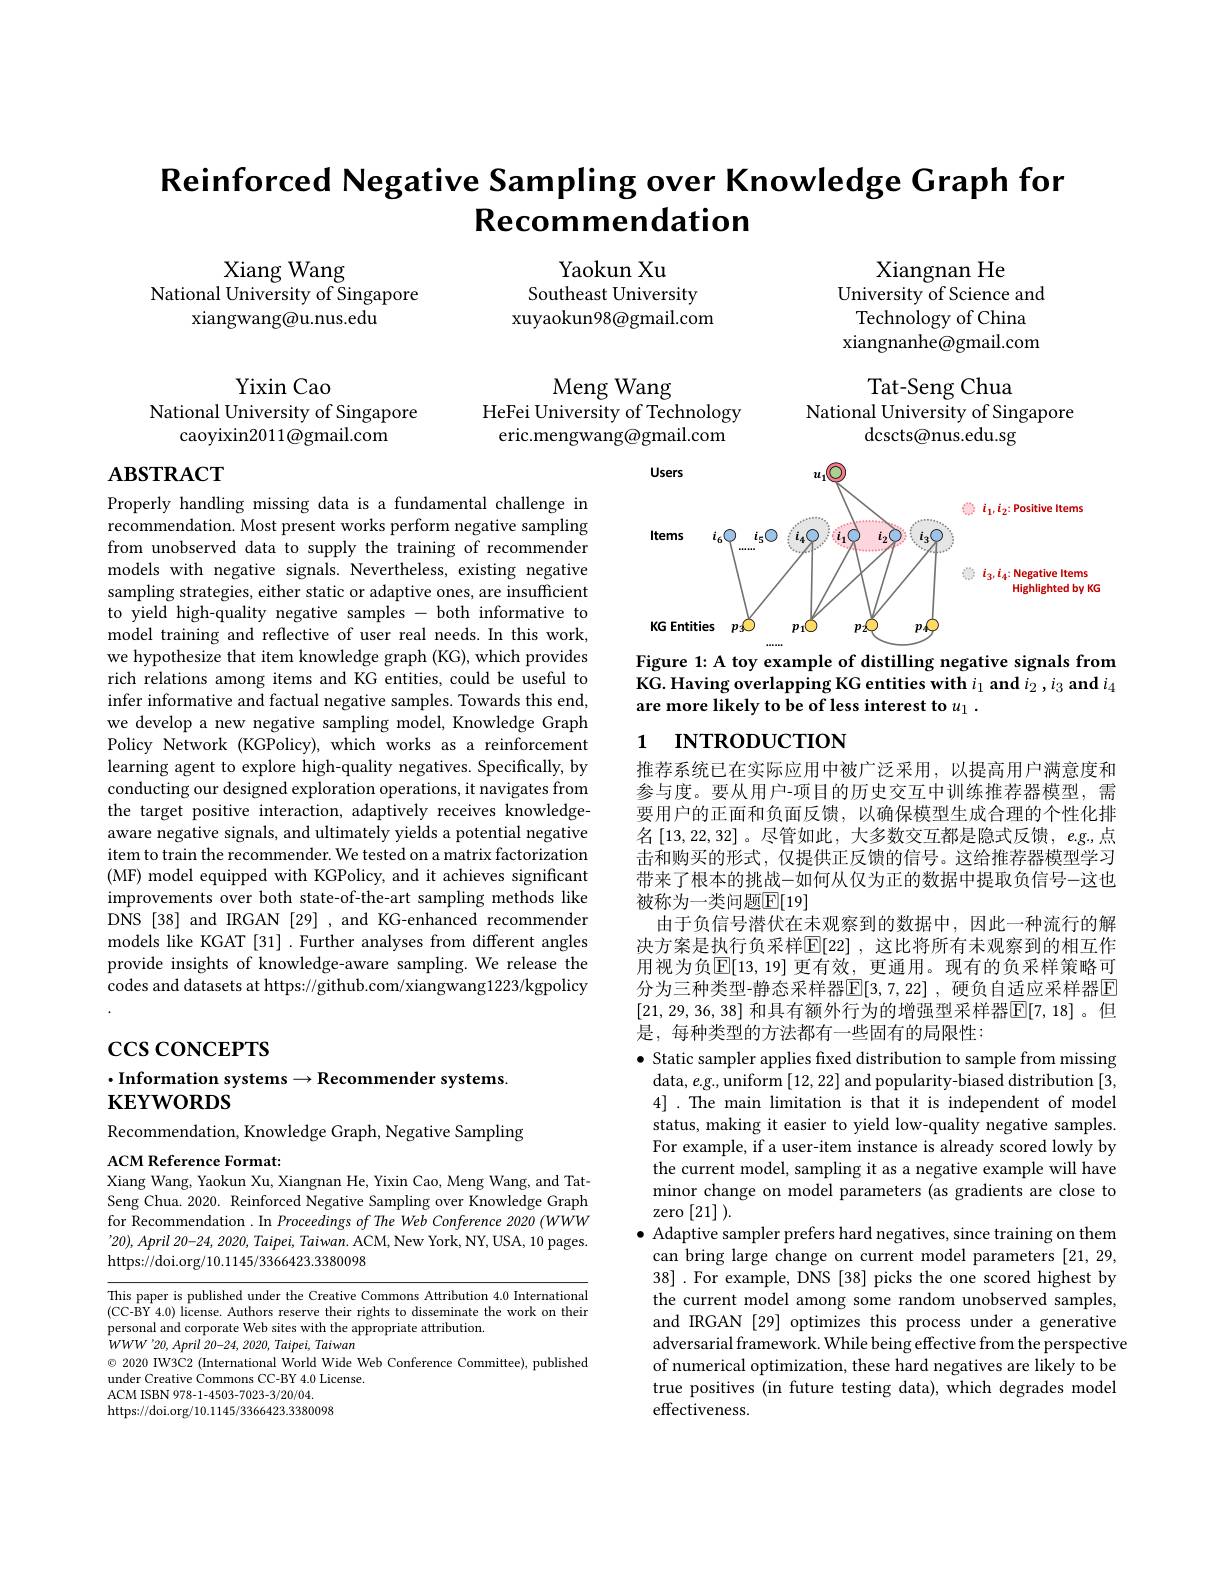
# $\textbf{Reinforced Negative Sampling over Knowledge Graph fon}$ Recommendation

Xiang Wang
National University of Singapore
xiangwang@u.nus.edu

Yaokun Xu
Southeast University
xuyaokun98@gmail.com

Xiangnan He
University of Science and
Technology of China xiangnanhe@gmail.com

Tat-Seng Chua
National University of Singapore

Meng Wang
HeFei University of Technology
eric.mengwang@gmail.com

Yixin Cao
National University of Singapore
caoyixin2011@gmail.com

dcscts@nus.edu.sg

$\mathbf{ABSTRACT}$

<FigureHere>
Figure 1: A toy example of distilling negative signals from

KG. Having overlapping KG entities with $i_1\textbf{ and }i_2, i_3\textbf{ and }i_4$
are more likely to be of less interest to $u_1.$

## 1 INTRODUCTION

Properly handling missing data is a fundamental challenge in recommendation. Most present works perform negative sampling from unobserved data to supply the training of recommender models with negative signals. Nevertheless, existing negative sampling strategies, either static or adaptive ones, are insufficient to yield high-quality negative samples - both informative to model training and reflective of user real needs. In this work, we hypothesize that item knowledge graph (KG), which provides rich relations among items and KG entities, could be useful to infer informative and factual negative samples. Towards this end, we develop a new negative sampling model, Knowledge Graph Policy Network (KGPolicy), which works as a reinforcement learning agent to explore high-quality negatives. Specifically, by conducting our designed exploration operations, it navigates from the target positive interaction, adaptively receives knowledgeaware negative signals, and ultimately yields a potential negative item to train the recommender. We tested on a matrix factorization (MF) model equipped with KGPolicy, and it achieves significant improvements over both state-of-the-art sampling methods like DNS [38] and IRGAN [29] ,and KG-enhanced recommender models like KGAT [31] .Further analyses from different angles provide insights of knowledge-aware sampling. We release the codes and datasets at https://github.com/xiangwang1223/kgpolicy

推荐系统已在实际应用中被广泛采用，以提高用户满意度和参与度。要从用户-项目的历史交互中训练推荐器模型，需要用户的正面和负面反馈，以确保模型生成合理的个性化排名[13,22,32]。尽管如此，大多数交互都是隐式反馈$,eg$,点击和购买的形式，仅提供正反馈的信号。这给推荐器模型学习带来了根本的挑战-如何从仅为正的数据中提取负信号-这也被称为一类问题$\mathbb{E}[19]$
由于负信号潜伏在未观察到的数据中，因此一种流行的解决方案是执行负采样$\mathbb{E}[$22] ,这比将所有未观察到的相互作用视为负$\mathbb{E}[13,19]$ 更有效，更通用。现有的负采样策略可分为三种类型-静态采样器$\boxed{\mathrm{E}}[3,7,22]$, 硬负自适应采样器E [21,29,36,38] 和具有额外行为的增强型采样器$\mathbb{E}[7,18]$。但是，每种类型的方法都有一些固有的局限性：

$\csc\csc$coNCEPTS

## $\cdot$Information systems$\to$Recommender systems $\mathbf{KEYWORDS}$

$\bullet$ Static sampler applies fixed distribution to sample from missing
data, $e.$g., uniform [12,22] and popularity-biased distribution [3, 4]. The main limitation is that it is independent of model status, making it easier to yield low-quality negative samples. For example, if a user-item instance is already scored lowly by the current model, sampling it as a negative example will have minor change on model parameters (as gradients are close to zero [21]).
$\bullet$ Adaptive sampler prefers hard negatives, since training on them
can bring large change on current model parameters [21,29, 38] .For example, DNS [38] picks the one scored highest by the current model among some random unobserved samples, and IRGAN [29] optimizes this process under a generative adversarial framework. While being effective from the perspective of numerical optimization, these hard negatives are likely to be true positives (in future testing data), which degrades model effectiveness.

Recommendation, Knowledge Graph, Negative Sampling

ACM Reference Format:
Xiang Wang, Yaokun Xu, Xiangnan He, Yixin Cao, Meng Wang, and Tat-

Seng Chua. 2020. Reinforced Negative Sampling over Knowledge Graph for Recommendation . In Proceedings of The Web Conference 2020 (WWW '20), April 20-24, 2020, Taipei, Taiwan. ACM, New York, NY, USA, 10 pages. https://doi.org/10.1145/3366423.3380098

This paper is published under the Creative Commons Attribution 4.0 International (CC-BY 4.0) license. Authors reserve their rights to disseminate the work on their personal and corporate Web sites with the appropriate attribution.
$WWW^{\prime}20,April20-24,2020,Taipei,Taiwan$
$\odot$ 2020 IW3C2 (International World Wide Web Conference Committee), published
under Creative Commons CC-BY 4.0 License.
ACM ISBN 978-1-4503-7023-3/20/04.
https://doi.org/10.1145/3366423.3380098